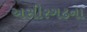
અસીરગઢના